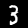
Label: 3